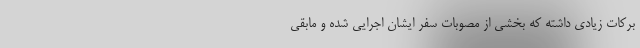
برکات زیادی داشته‌ که بخشی از مصوبات سفر ایشان اجرایی شده و مابقی